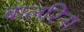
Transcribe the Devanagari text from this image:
बालरिना